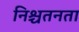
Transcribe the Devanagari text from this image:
निश्चतनता